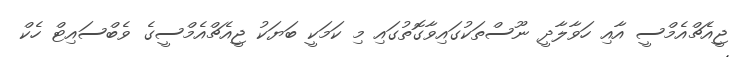
ޖީއެޗްއެމްސީ އާއި ހަވާލާދީ ނޫސްތަކުގައިވާގޮތުގައި މި ކަމަކީ ބަޔަކު ޖީއެޗްއެމްސީގެ ވެބްސައިޓް ހެކް